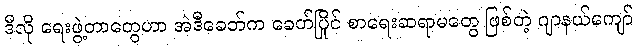
ဒီလို ရေးဖွဲ့တာတွေဟာ အဲဒီခေတ်က ခေတ်ပြိုင် စာရေးဆရာမတွေ ဖြစ်တဲ့ ဂျာနယ်ကျော်